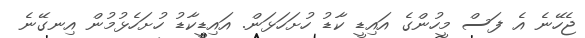
ޖެހޭނެ އެ ފަސް މީހުންގެ އައިޑީ ކާޑު ހުށަހަޅަން. އައިޑީކާޑު ހުށަހެޅުމުން އިނގޭނެ